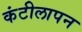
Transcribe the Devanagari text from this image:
कंटीलापन